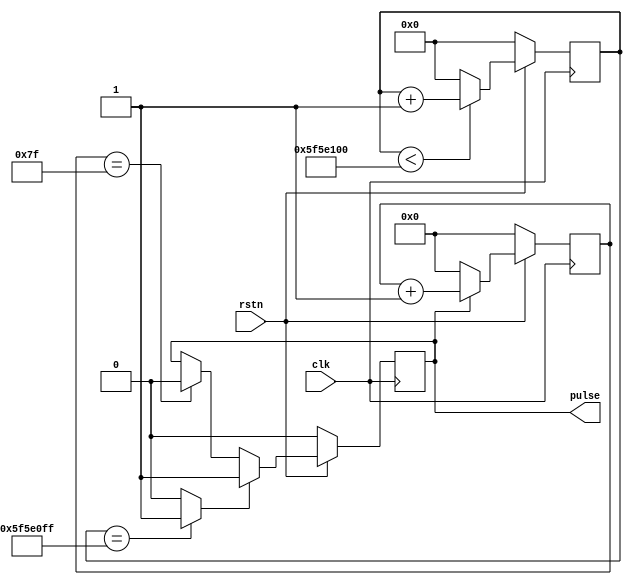
// ***************************************************************************
// ***************************************************************************
// Copyright 2015(c) Analog Devices, Inc.
//
// All rights reserved.
//
// Redistribution and use in source and binary forms, with or without modification,
// are permitted provided that the following conditions are met:
//     - Redistributions of source code must retain the above copyright
//       notice, this list of conditions and the following disclaimer.
//     - Redistributions in binary form must reproduce the above copyright
//       notice, this list of conditions and the following disclaimer in
//       the documentation and/or other materials provided with the
//       distribution.
//     - Neither the name of Analog Devices, Inc. nor the names of its
//       contributors may be used to endorse or promote products derived
//       from this software without specific prior written permission.
//     - The use of this software may or may not infringe the patent rights
//       of one or more patent holders.  This license does not release you
//       from the requirement that you obtain separate licenses from these
//       patent holders to use this software.
//     - Use of the software either in source or binary form, must be run
//       on or directly connected to an Analog Devices Inc. component.
//
// THIS SOFTWARE IS PROVIDED BY ANALOG DEVICES "AS IS" AND ANY EXPRESS OR IMPLIED WARRANTIES,
// INCLUDING, BUT NOT LIMITED TO, NON-INFRINGEMENT, MERCHANTABILITY AND FITNESS FOR A
// PARTICULAR PURPOSE ARE DISCLAIMED.
//
// IN NO EVENT SHALL ANALOG DEVICES BE LIABLE FOR ANY DIRECT, INDIRECT, INCIDENTAL, SPECIAL,
// EXEMPLARY, OR CONSEQUENTIAL DAMAGES (INCLUDING, BUT NOT LIMITED TO, INTELLECTUAL PROPERTY
// RIGHTS, PROCUREMENT OF SUBSTITUTE GOODS OR SERVICES; LOSS OF USE, DATA, OR PROFITS; OR
// BUSINESS INTERRUPTION) HOWEVER CAUSED AND ON ANY THEORY OF LIABILITY, WHETHER IN CONTRACT,
// STRICT LIABILITY, OR TORT (INCLUDING NEGLIGENCE OR OTHERWISE) ARISING IN ANY WAY OUT OF
// THE USE OF THIS SOFTWARE, EVEN IF ADVISED OF THE POSSIBILITY OF SUCH DAMAGE.
// ***************************************************************************
// ***************************************************************************
// ***************************************************************************
// ***************************************************************************
`timescale 1ns/1ps

module util_pulse_gen (

  clk,
  rstn,

  pulse
);

  parameter       PULSE_WIDTH = 7;
  parameter       PULSE_PERIOD = 100000000; // t_period * clk_freq

  input           clk;
  input           rstn;
  output          pulse;

  // internal registers

  reg     [(PULSE_WIDTH-1):0]  pulse_width_cnt = {PULSE_WIDTH{1'b1}};
  reg     [31:0]               pulse_period_cnt = 32'h0;
  reg                          pulse =  1'b0;

  wire                         end_of_period_s;

  // a free running pulse generator

  always @(posedge clk) begin
    if (rstn == 1'b0) begin
      pulse_period_cnt <= 32'h0;
    end else begin
      pulse_period_cnt <= (pulse_period_cnt < PULSE_PERIOD) ? (pulse_period_cnt + 1) : 32'b0;
    end
  end

  assign  end_of_period_s = (pulse_period_cnt == (PULSE_PERIOD - 1)) ? 1'b1 : 1'b0;

  // generate pulse with a specified width

  always @(posedge clk) begin
    if (rstn == 1'b0) begin
      pulse_width_cnt <= 0;
      pulse <= 0;
    end else begin
      pulse_width_cnt <= (pulse == 1'b1) ? pulse_width_cnt + 1 : {PULSE_WIDTH{1'h0}};
      if(end_of_period_s == 1'b1) begin
        pulse <= 1'b1;
      end else if(pulse_width_cnt == {PULSE_WIDTH{1'b1}}) begin
        pulse <= 1'b0;
      end
    end
  end

endmodule